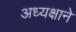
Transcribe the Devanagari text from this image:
अध्यक्षाने